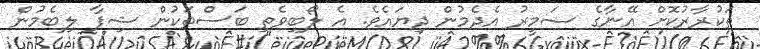
ތަކުރާރުކޮށް އޭނާގެ ޟަމީރު އެދެމުން ދިޔައެވެ. އެ ލޯބިވެތި ބަސްތަކުން ޝިފާ ލިބެމުން